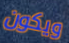
ويكون